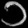
Digit: ၁